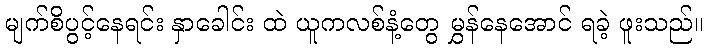
မျက်စိပွင့်နေရင်း နှာခေါင်း ထဲ ယူကလစ်နံ့တွေ မွှန်နေအောင် ရခဲ့ ဖူးသည်။